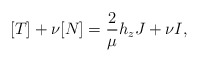
\begin{align*}[T]+\nu [N]=\frac{2}{\mu}h_zJ+\nu I,\end{align*}